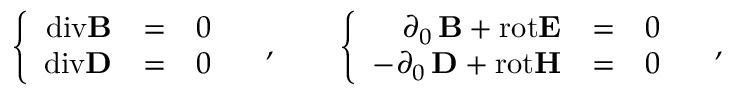
\left\{ \begin{array} { r c l } { { \mathrm { d i v } { \bf B } } } & { { = } } & { { 0 } } \\ { { \mathrm { d i v } { \bf D } } } & { { = } } & { { 0 } } \end{array} \right. \quad , \qquad \left\{ \begin{array} { r c l } { { \phantom { - } \partial _ { 0 } \, { \bf B } { } + { } \mathrm { r o t } { \bf E } } } & { { = } } & { { 0 } } \\ { { - \partial _ { 0 } \, { \bf D } { } + { } \mathrm { r o t } { \bf H } } } & { { = } } & { { 0 } } \end{array} \right. \quad ,